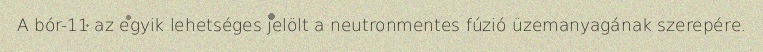
A bór-11 az egyik lehetséges jelölt a neutronmentes fúzió üzemanyagának szerepére.